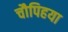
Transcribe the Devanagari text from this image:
चौपिहया